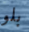
بلو